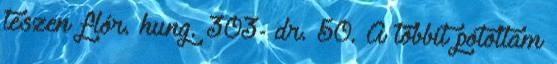
teszen flór. hung. 303- dr. 50. A többit pótoltam